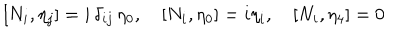
LaTeX: [ N _ { i } , \eta _ { j } ] = i \, \delta _ { i j } \, \eta _ { 0 } , \quad [ N _ { i } , \eta _ { 0 } ] = i \eta _ { i } , \quad [ N _ { i } , \eta _ { 4 } ] = 0